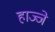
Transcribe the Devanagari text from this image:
हाज्जे